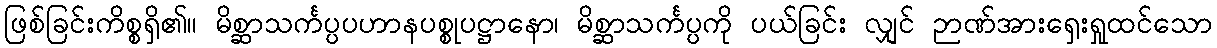
ဖြစ်ခြင်းကိစ္စရှိ၏။ မိစ္ဆာသင်္ကပ္ပပဟာနပစ္စုပဋ္ဌာနော၊ မိစ္ဆာသင်္ကပ္ပကို ပယ်ခြင်း လျှင် ဉာဏ်အားရှေးရှုထင်သော